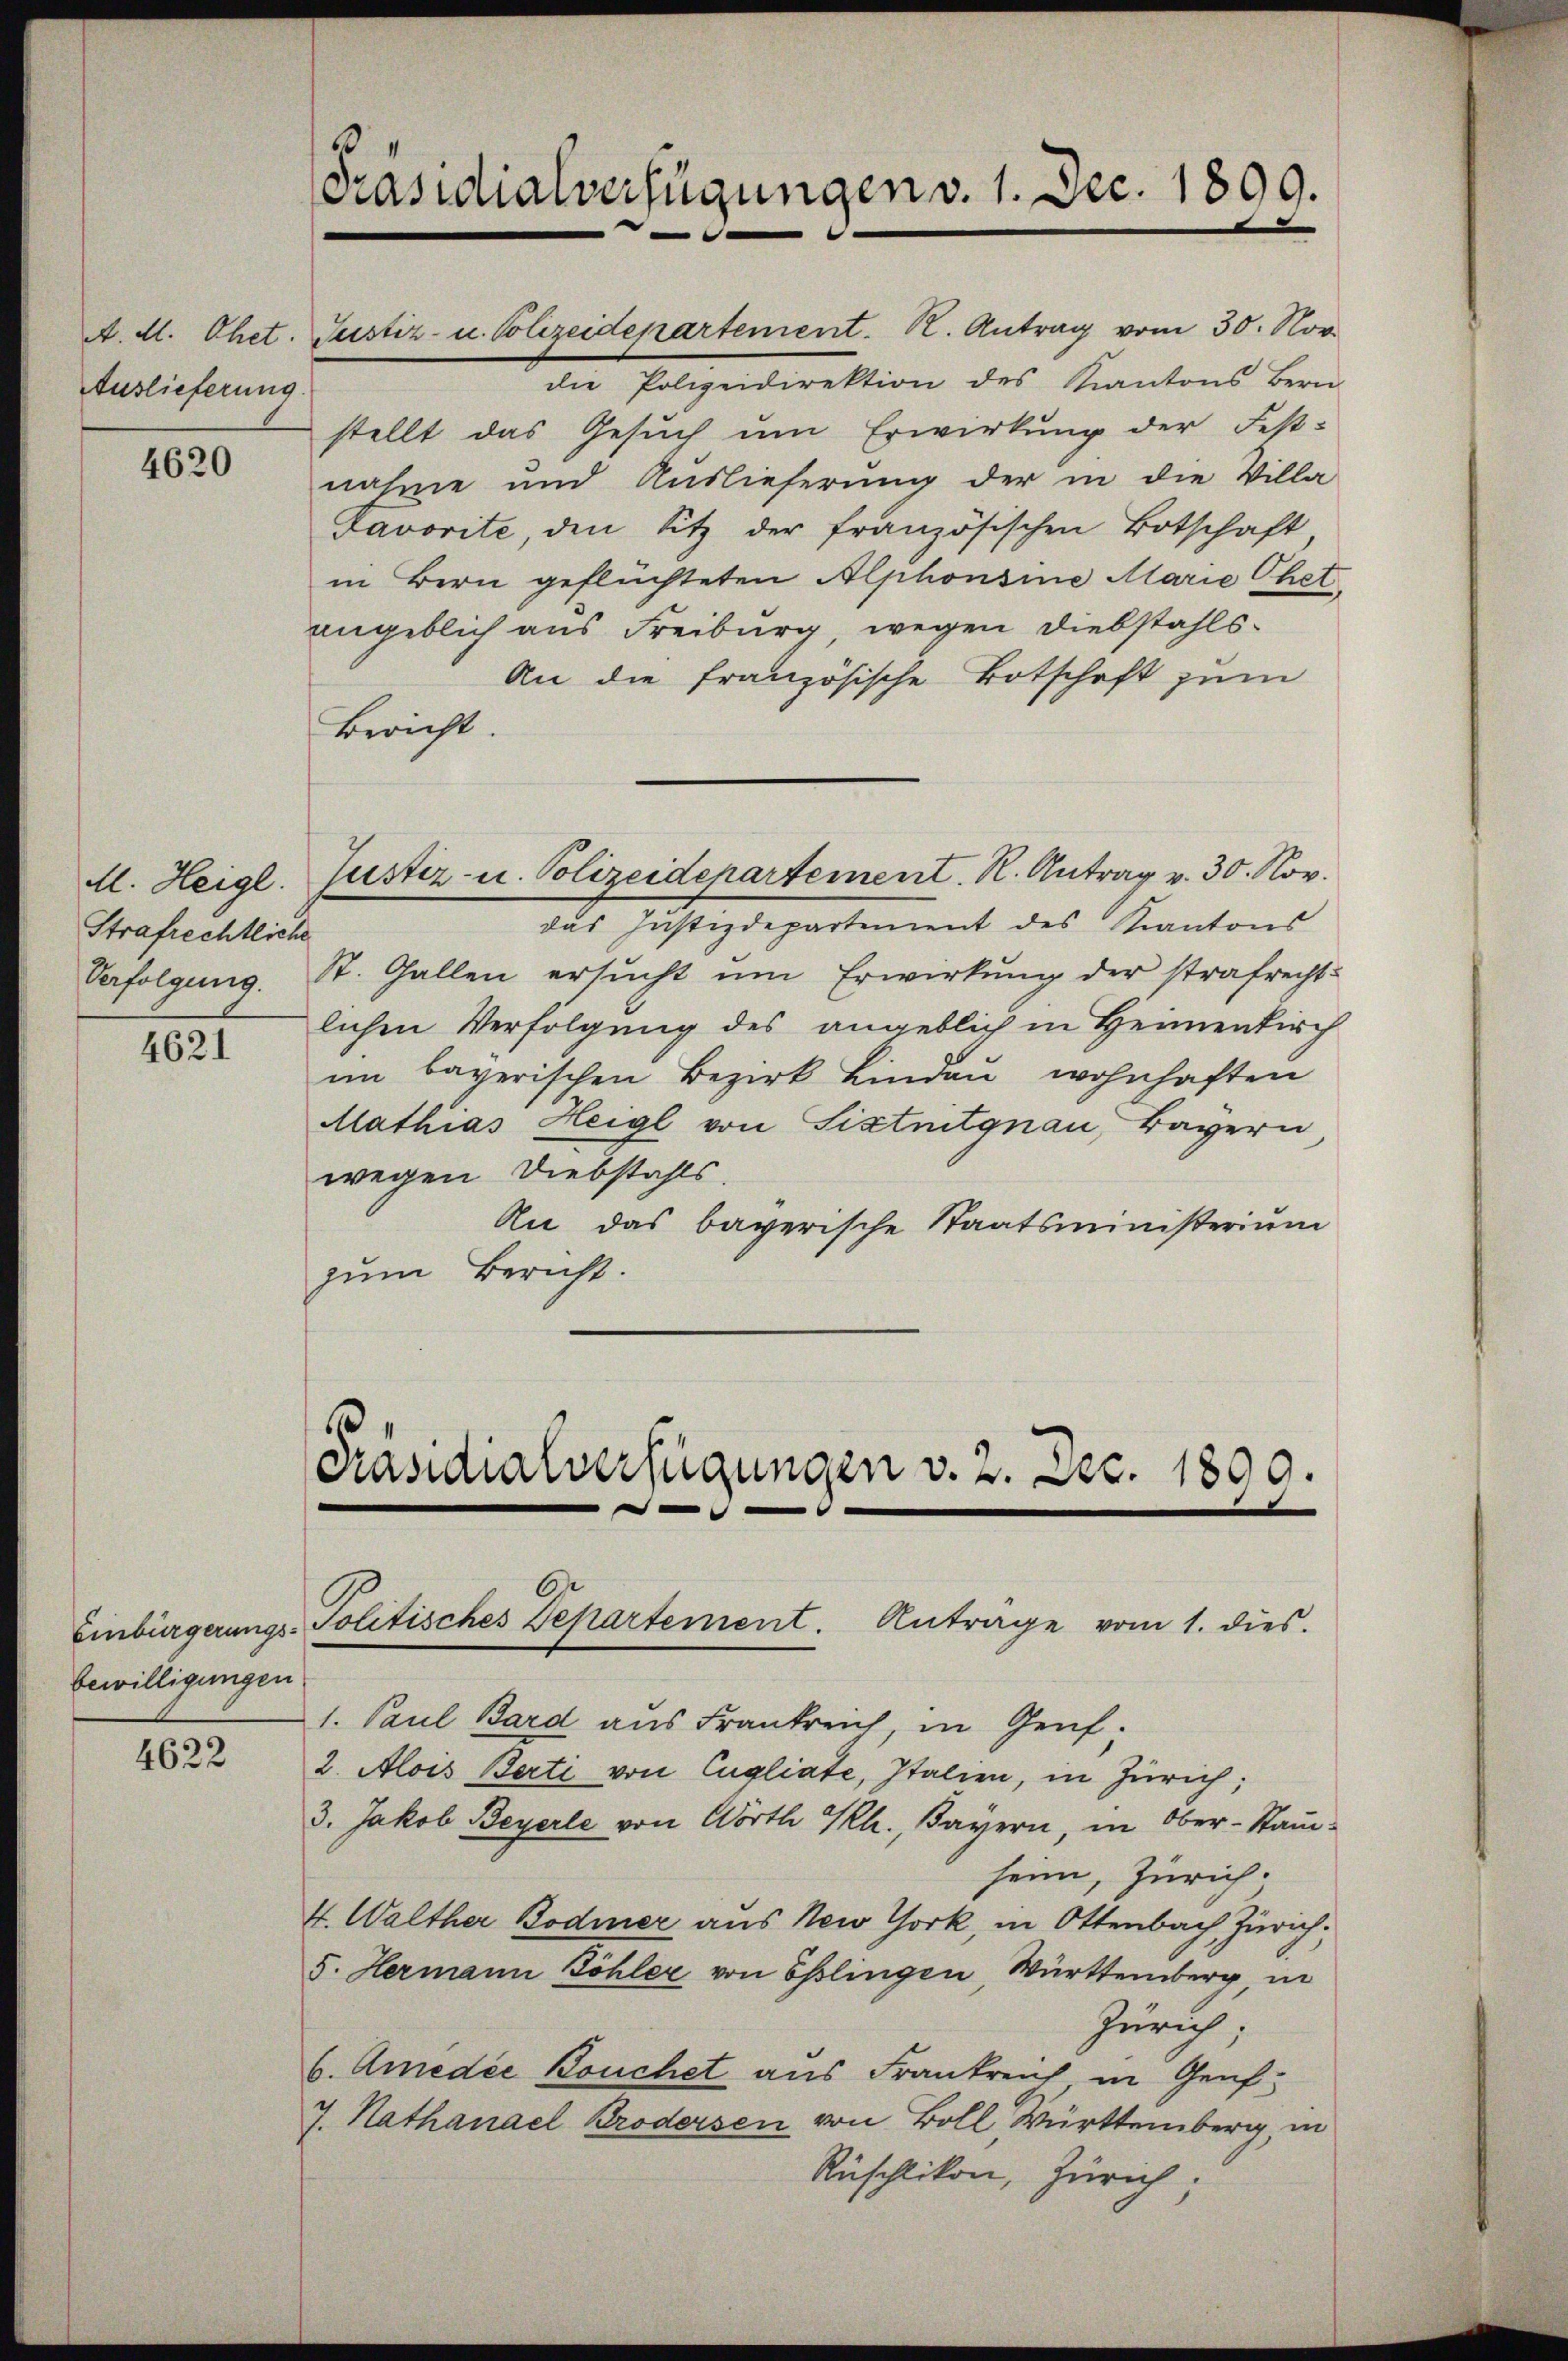
Auslieferung.

4620

Ml. Heigl.
Strafrechtliche
Verfolgung.

4621

bewilligungen

4622

2
Präsidialverfügungen v. 1. Dec. 1899.

A. d. Ohet. Justiz- u. Polizeidepartement. K. Antrag vom 30. Nov.
die Polizeidirektion des Kantons Bern
stellt das Gesuch um Erwirkung der Fest-
nahme und Auslieferung der in die Villa-
Favorite den Sitz der französischen Botschaft.
in Bern geflüchteten Alphonsine Marie Ehete
angeblich aus Freiburg, wegen Diebstahls¬
An die französische Botschaft zum
Bericht.
Justiz- u. Polizeidepartement. R. Antrag v. 30. Nov.
das Justizdepartement des Kantons
St. Gallen ersucht um Erwirkung der strafrecht-
lichen Verfolgung des angeblich in Heimenkirch
im bayerischen Bezirk Lindau wohnhaften
Mathias Heigl von Sixtnitgnau, Bayern
wegen Diebstahls.
An das bayerische Staatsministerium
zum Bericht.

Präsidialverfügungen v. 2. Dec. 1800.
d
Einbürgerungs-Politisches Departement. Anträge vom 1. dies

1. Paul Bard aus Frankreich, in Genf.
2. Alois Berti von Cugliate, Italien, in Zürich;
3. Jakob Beyerle von Wörth Kh., Bayern, in Ober-Stammheim, Zürich.
4. Walther Bodmer aus New York, in Ottenbach Zürich,
5. Hermann Zöhler von Esslingen Württemberg, in
Zürich;
b. Amedie Bouchet aus Frankreich in Genf
J. Nathanael Brödersen von Boll Württemberg, in
Rüschlikon, Zürich;